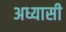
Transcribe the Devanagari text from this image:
अध्यासी